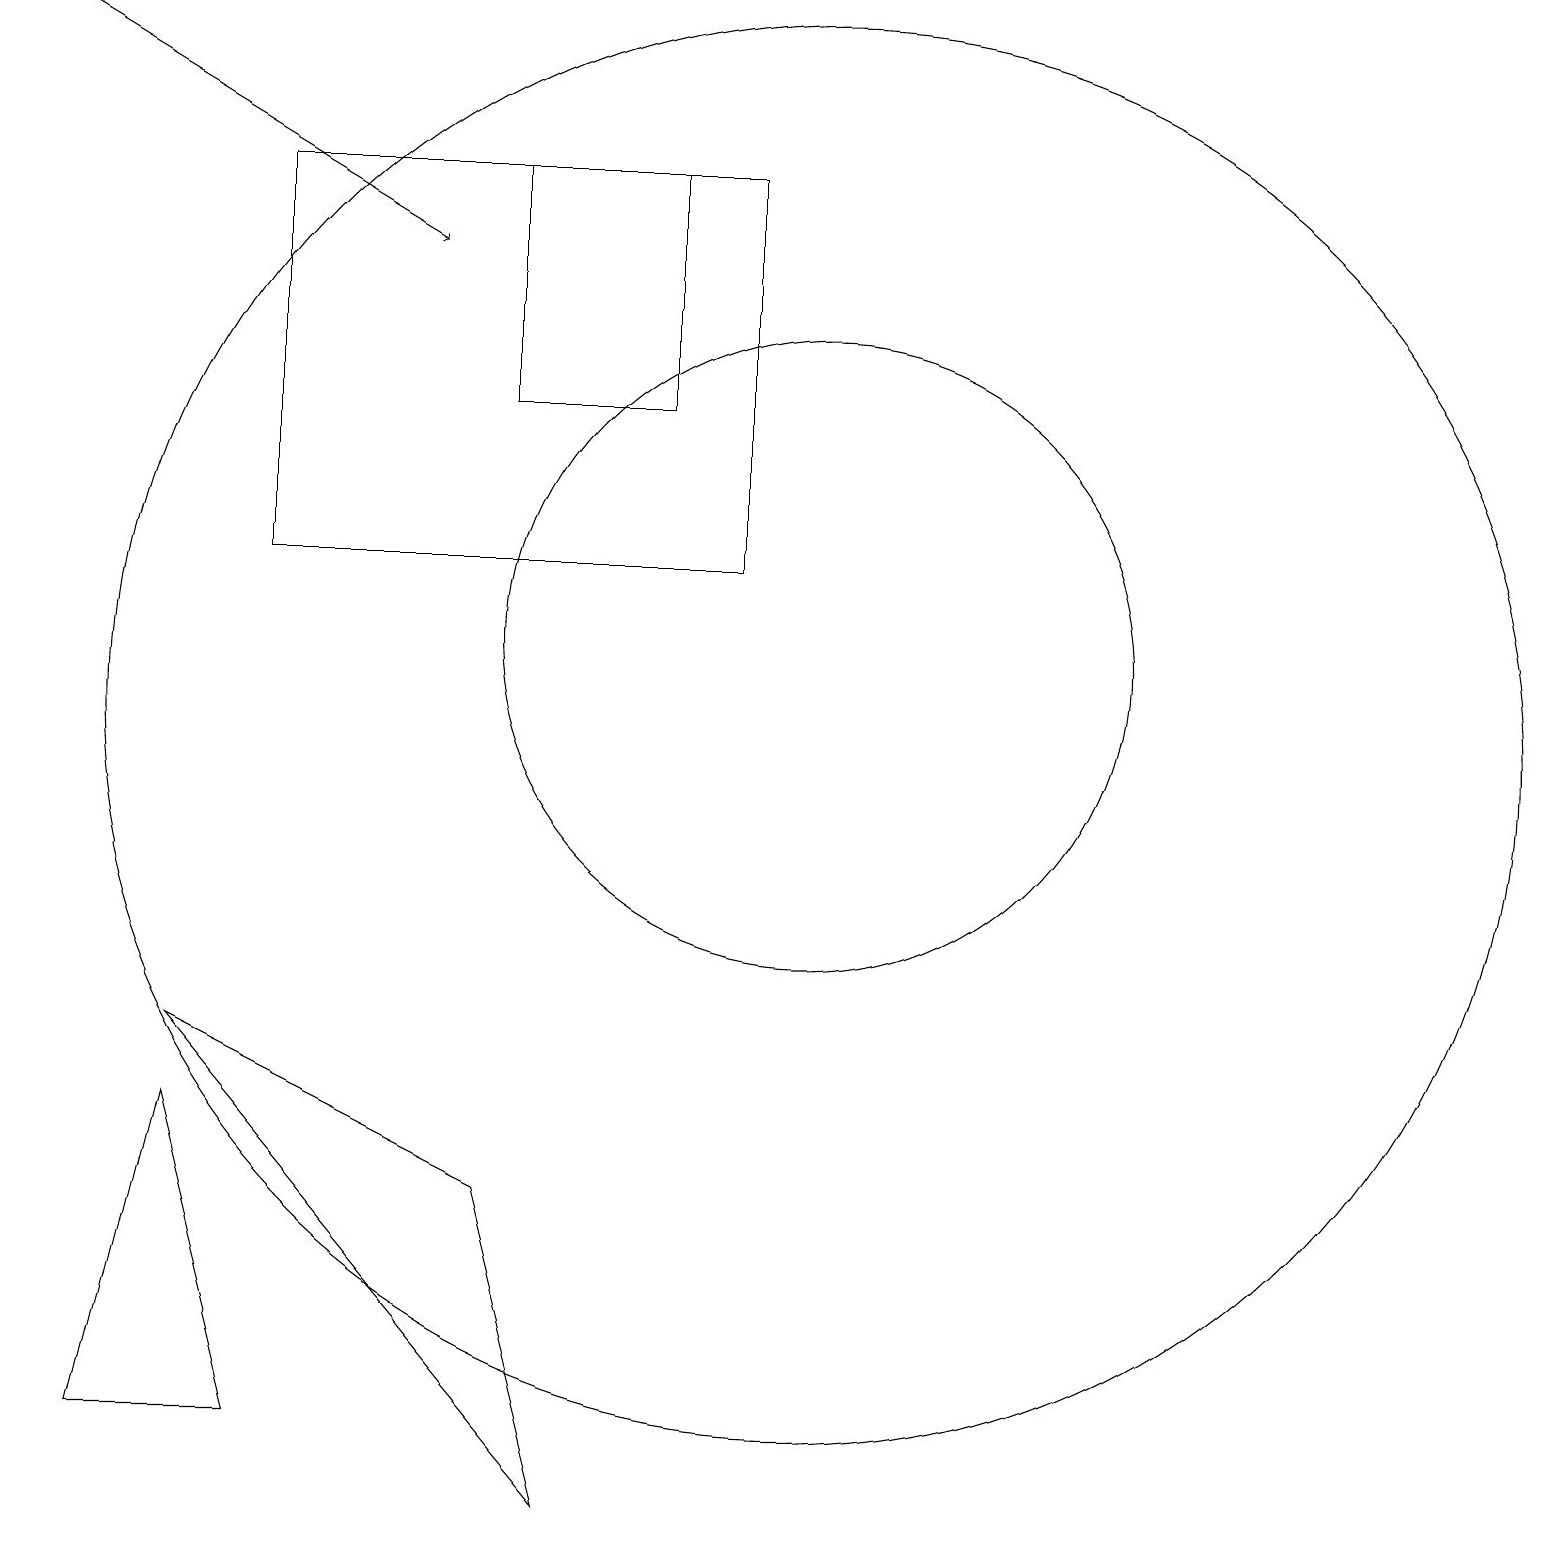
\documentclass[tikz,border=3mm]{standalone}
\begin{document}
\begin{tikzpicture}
\draw (10,10) circle (9);
\draw (10,11) circle (4);
\draw (1,1) -- (3,1) -- (2,5) -- cycle;
\draw (8,14) rectangle (6,17);
\draw (4,17) rectangle (6,17);
\draw (2,6) -- (6,4) -- (7,0) -- cycle;
\draw (9,17) rectangle (3,12);
\draw[->] (0,19) -- (5,16);
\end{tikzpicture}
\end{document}